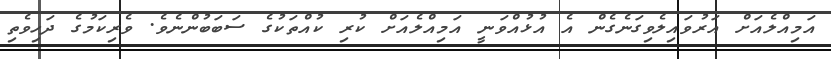
އަމިއްލެއަށް އަރުވައިލެވިގަނެގެން އެ އުޅުއްވަނީ އަމިއްލެއަށް ކުރި ކުއްތަކުގެ ސަބަބުންނެވެ. ވެރިކަމުގެ ދަހިވެތި